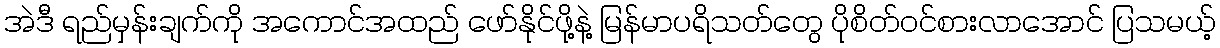
အဲဒီ ရည်မှန်းချက်ကိုု အကောင်အထည် ဖော်နိုုင်ဖို့နဲ့ မြန်မာပရိသတ်တွေ ပိုစိတ်ဝင်စားလာအောင် ပြသမယ့်